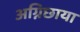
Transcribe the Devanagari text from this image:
अग्निछाया